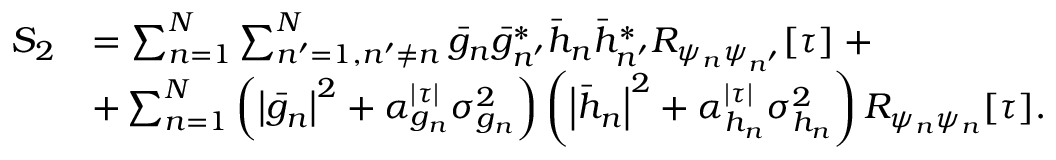
\begin{array} { r l } { S _ { 2 } } & { = \textstyle \sum _ { n = 1 } ^ { N } \sum _ { n ^ { \prime } = 1 , n ^ { \prime } \neq n } ^ { N } \bar { g } _ { n } \bar { g } _ { n ^ { \prime } } ^ { * } \bar { h } _ { n } \bar { h } _ { n ^ { \prime } } ^ { * } R _ { \psi _ { n } \psi _ { n ^ { \prime } } } [ \tau ] \; + } \\ & { + \textstyle \sum _ { n = 1 } ^ { N } \left( \left| \bar { g } _ { n } \right| ^ { 2 } + \alpha _ { g _ { n } } ^ { | \tau | } \sigma _ { g _ { n } } ^ { 2 } \right) \left( \left| \bar { h } _ { n } \right| ^ { 2 } + \alpha _ { h _ { n } } ^ { | \tau | } \sigma _ { h _ { n } } ^ { 2 } \right) R _ { \psi _ { n } \psi _ { n } } [ \tau ] . } \end{array}